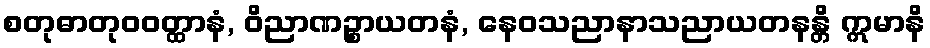
စတုဓာတုဝဝတ္ထာနံ, ဝိညာဏဉ္စာယတနံ, နေဝသညာနာသညာယတနန္တိ ဣမာနိ